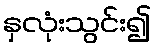
နှလုံးသွင်း၍